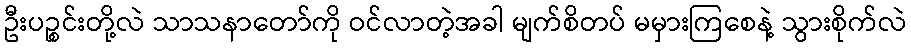
ဦးပဉ္စင်းတို့လဲ သာသနာတော်ကို ဝင်လာတဲ့အခါ မျက်စိတပ် မမှားကြစေနဲ့ သွားစိုက်လဲ